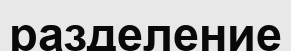
разделение